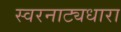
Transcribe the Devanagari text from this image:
स्वरनाट्यधारा